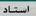
استاد